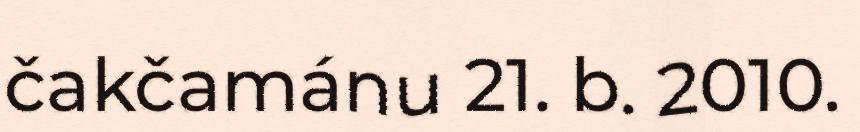
čakčamánu 21. b. 2010.